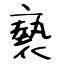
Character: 褻